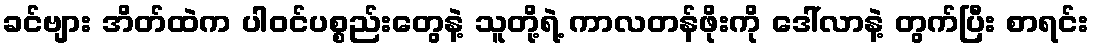
ခင်ဗျား အိတ်ထဲက ပါဝင်ပစ္စည်းတွေနဲ့ သူတို့ရဲ့ ကာလတန်ဖိုးကို ဒေါ်လာနဲ့ တွက်ပြီး စာရင်း